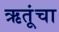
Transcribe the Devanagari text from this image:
ऋतूंचा